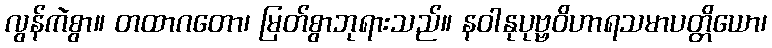
လွန်ကဲစွာ။ တထာဂတော၊ မြတ်စွာဘုရားသည်။ နဝါနုပုဗ္ဗဝိဟာရသမာပတ္တိယော၊